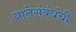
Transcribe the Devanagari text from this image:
नातेसंबंधंची